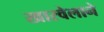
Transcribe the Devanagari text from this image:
खारवेलाने